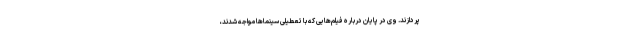
پردازند. وی در پایان درباره فیلم‌هایی که با تعطیلی سینماها مواجه شدند،